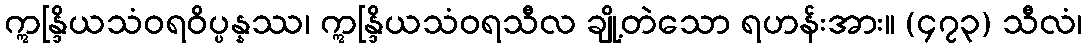
ဣန္ဒြိယသံဝရဝိပ္ပန္နဿ၊ ဣန္ဒြိယသံဝရသီလ ချို့တဲသော ရဟန်းအား။ (၄၇၃) သီလံ၊